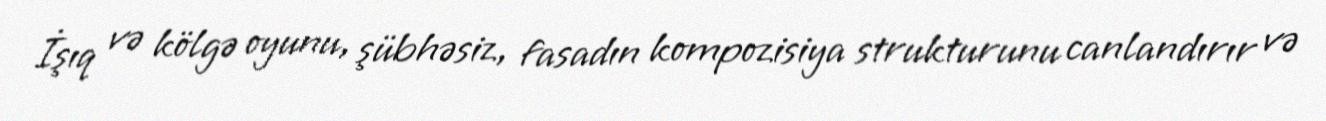
İşıq və kölgə oyunu, şübhəsiz, fasadın kompozisiya strukturunu canlandırır və